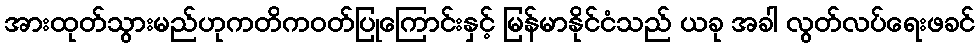
အားထုတ်သွားမည်ဟုကတိကဝတ်ပြုကြောင်းနှင့် မြန်မာနိုင်ငံသည် ယခု အခါ လွတ်လပ်ရေးဖခင်